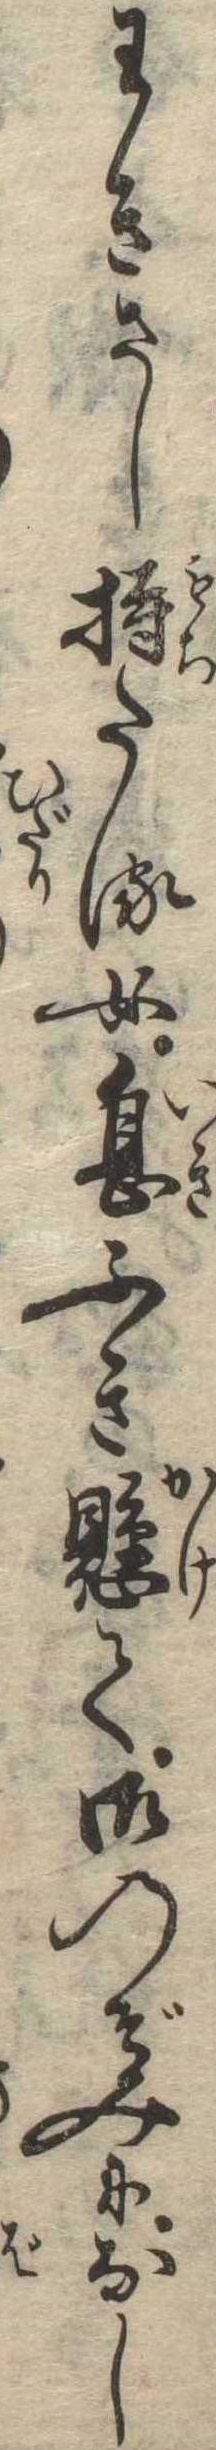
わきさし持たる女息ふき懸て御のぞみになし